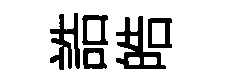
誥皓